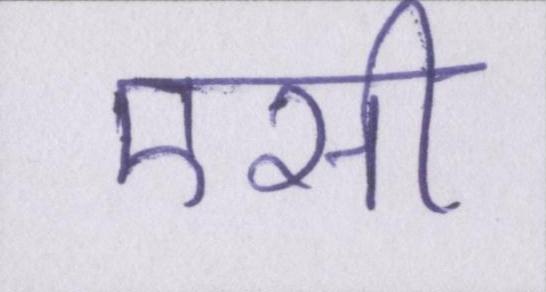
एसी